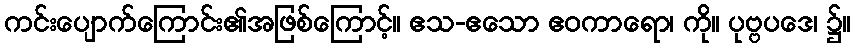
ကင်းပျောက်ကြောင်း၏အဖြစ်ကြောင့်။ ဧသ-ဧသော ဧဝကာရော၊ ကို။ ပုဗ္ဗပဒေ၊ ၌။